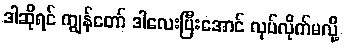
ဒါဆိုရင် ကျွန်တော် ဒါလေးပြီးအောင် လုပ်လိုက်မလို့